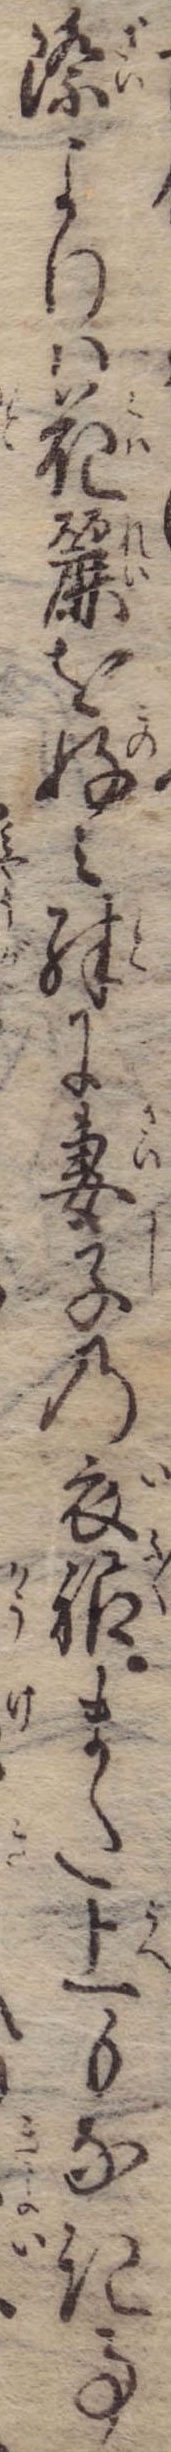
際よりは花麗を好み殊に妻子の衣服また上もなき事